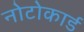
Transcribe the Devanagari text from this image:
नोटोकार्ड